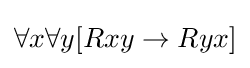
\forall x\forall y[Rxy\rightarrow Ryx]